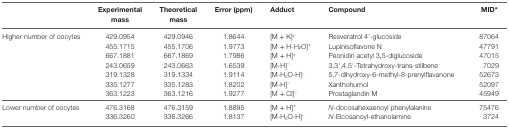
|  | Experimental mass | Theoretical mass | Error (ppm) | Adduct | Compound | MID* |
 | --- | --- | --- | --- | --- | --- | --- |
 | <ROWSPAN=7> Higher number of oocytes | 429.0954 | 429.0946 | 1.8644 | [M + K]+ | Resveratrol 4′-glucoside | 87064 |
 | 455.1715 | 455.1706 | 1.9773 | [M + H-H2O]+ | Lupinisoflavone N | 47791 |
 | 667.1881 | 667.1869 | 1.7986 | [M + H]+ | Peonidin acetyl 3,5-diglucoside | 47015 |
 | 243.0659 | 243.0663 | 1.6539 | [M-H]− | 3,3′,4,5′-Tetrahydroxy-trans-stilbene | 7029 |
 | 319.1328 | 319.1334 | 1.9114 | [M-H2O-H]− | 5,7-dihydroxy-6-methyl-8-prenylflavanone | 52673 |
 | 335.1277 | 335.1283 | 1.8202 | [M-H]− | Xanthohumol | 52097 |
 | 363.1223 | 363.1216 | 1.9277 | [M + Cl]− | Prostaglandin M | 45949 |
 | <ROWSPAN=2> Lower number of oocytes | 476.3168 | 476.3159 | 1.8895 | [M + H]+ | N-docosahexaenoyl phenylalanine | 75476 |
 | 336.3260 | 336.3266 | 1.8137 | [M-H2O-H]− | N-Eicosanoyl-ethanolamine | 3724 |